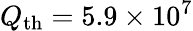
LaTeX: Q_{\mathrm{th}}=5.9\times 10^{7}